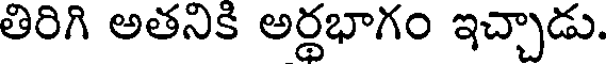
తిరిగి అతనికి అర్థభాగం ఇచ్చాడు.